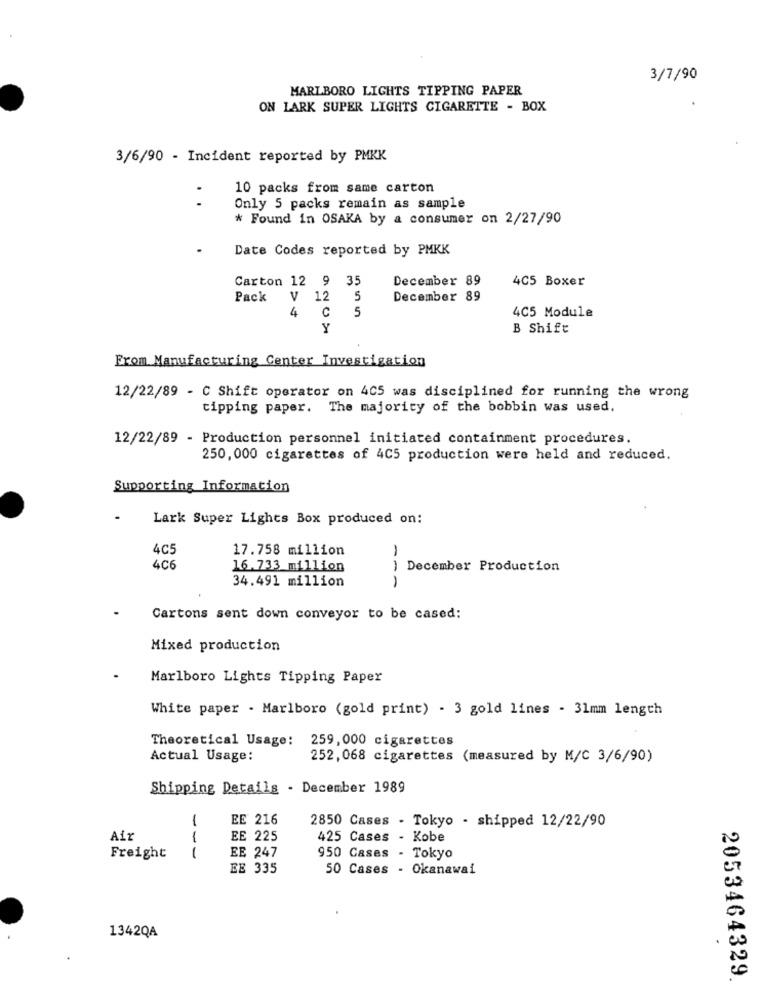
3/7/90
MARLBORO LIGHTS TIPPING PAPER
ON LARK SUPER LIGHTS CIGARETTE - BOX
3/6/90 - Incident reported by PMKK
10 packs from same carton
Only 5 packs remain as sample
* Found in OSAKA by a consumer on 2/27/90
Date Codes reported by PMKK
Carton 12 9 35
December 89
4C5 Boxer
Pack
V 12
5
December 89
4
5
C
4C5 Module
Y
B Shift
From Manufacturing Center Investigation
12/22/89 - C Shift operator on 405 was disciplined for running the wrong
tipping paper. The majority of the bobbin was used.
12/22/89 - Production personnel initiated containment procedures.
250, 000 cigarettes of 4C5 production were held and reduced.
Supporting Information
Lark Super Lights Box produced on:
17.758 million
16.733 million
) December Production
34.491 million
-- -
Cartons sent down conveyor to be cased:
Mixed production
Marlboro Lights Tipping Paper
White paper . Marlboro (gold print) - 3 gold lines - 31mm length
Theoretical Usage:
259,000 cigarettes
Actual Usage:
252,068 cigarettes (measured by M/C 3/6/90)
Shipping Details - December 1989
1
EE 216
2850 Cases . Tokyo - shipped 12/22/90
Aiz
1
EE 225
425 Cases - Kobe
Freight
1
EE 247
950 Cases - Tokyo
EE 335
50 Cases - Okanawai
1342QA
2053464329